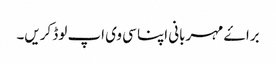
براۓ مہربانی اپنا سی وی اپ لوڈ کریں۔